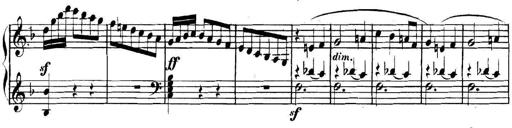
Title: Collected Piano Sonatas
Composer: Muzio Clementi